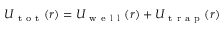
U _ { \mathrm { ~ t ~ o ~ t ~ } } ( r ) = U _ { \mathrm { ~ w ~ e ~ l ~ l ~ } } ( r ) + U _ { \mathrm { ~ t ~ r ~ a ~ p ~ } } ( r )